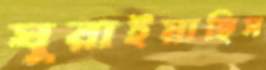
ঘুরাইয়াছিস